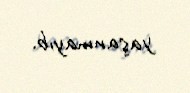
yaşanmayıb.